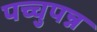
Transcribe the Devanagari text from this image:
पच्चुपन्न